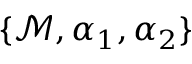
\{ \mathcal { M } , \alpha _ { 1 } , \alpha _ { 2 } \}